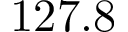
1 2 7 . 8